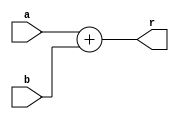
`timescale 1ns / 1ps
//////////////////////////////////////////////////////////////////////////////////
// Company: 
// Engineer: 
// 
// Design Name: 
// Module Name: add
// Project Name: 
// Target Devices: 
// Tool Versions: 
// Description: 
// 
// Dependencies: 
// 
// Revision:
// Revision 0.01 - File Created
// Additional Comments:
// 
//////////////////////////////////////////////////////////////////////////////////


module add(
    input   [31:0]  a,
    input   [31:0]  b,

    output  [31:0]  r
    );
    assign r=a+b;
endmodule